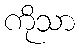
ကိုသာ